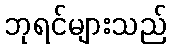
ဘုရင်များသည်